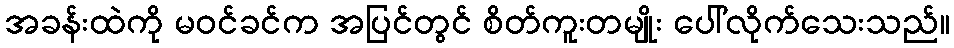
အခန်းထဲကို မဝင်ခင်က အပြင်တွင် စိတ်ကူးတမျိုး ပေါ်လိုက်သေးသည်။